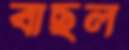
বাছল